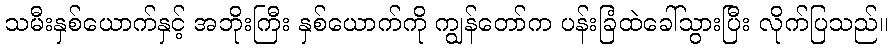
သမီးနှစ်ယောက်နှင့် အဘိုးကြီး နှစ်ယောက်ကို ကျွန်တော်က ပန်းခြံထဲခေါ်သွားပြီး လိုက်ပြသည်။